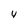
Character: 4